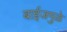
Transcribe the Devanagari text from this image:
बाईजमुळे